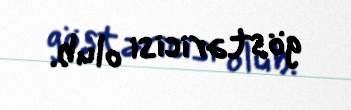
göstəricisi olub.